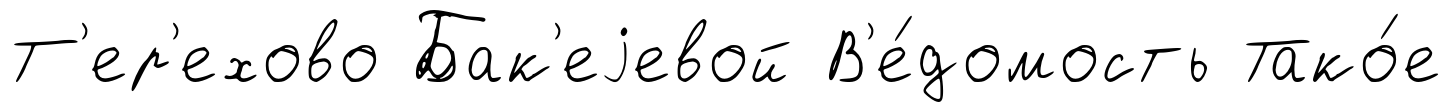
Т'ер'ехово Бак'еjевой В'е́домость Тако́е